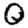
Digit: 0